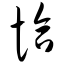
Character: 恰